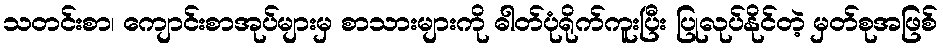
သတင်းစာ၊ ကျောင်းစာအုပ်များမှ စာသားများကို ဓါတ်ပုံရိုက်ကူးပြီး ပြုလုပ်နိုင်တဲ့ မှတ်စုအဖြစ်